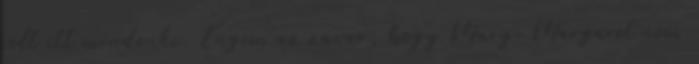
volt itt mindenki. Engem az zavar, hogy Mary-Margaret nem